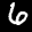
Label: 6